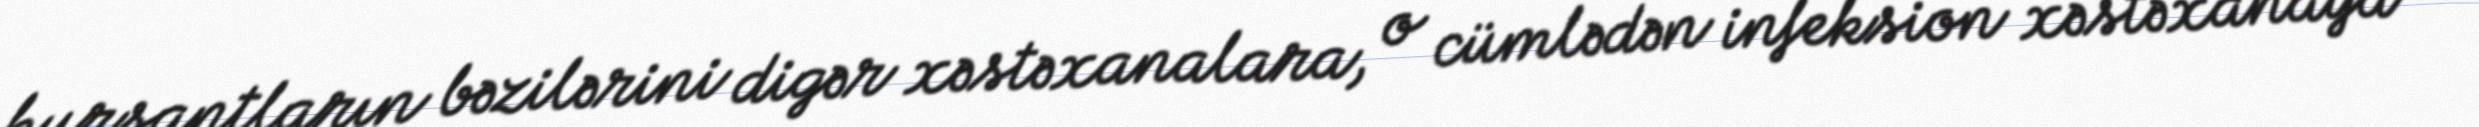
kursantların bəzilərini digər xəstəxanalara, o cümlədən infeksion xəstəxanaya